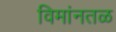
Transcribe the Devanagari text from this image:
विमांनतळ